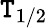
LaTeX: \mathtt{T}_{1/2}